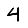
Digit: 4